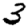
Digit: 3